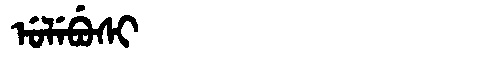
Manchu: ᡠᠯᡝᠪᡠᠰᡳ
Romanization: ULEBUSI